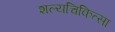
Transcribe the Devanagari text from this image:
शल्‍यचिकित्‍सा